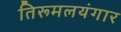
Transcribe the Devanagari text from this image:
तिरूमलयंगार